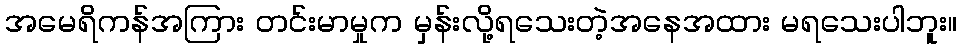
အမေရိကန်အကြား တင်းမာမှုက မှန်းလို့ရသေးတဲ့အနေအထား မရသေးပါဘူး။